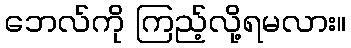
ဘေလ်ကို ကြည့်လို့ရမလား။